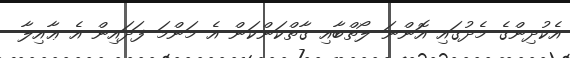
އެކުދިންގެ މެދުގައި އޮންނަ ލޯތްބާއި ގާތްކަންކަން އެ މަންމަ ފަދައިން އެ ޢާއިލާ